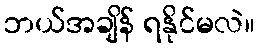
ဘယ်အချိန် ရနိုင်မလဲ။